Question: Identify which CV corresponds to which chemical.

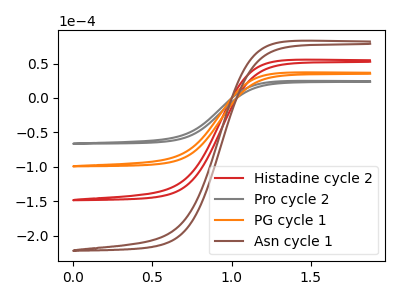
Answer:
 <answer>The red curve is labeled "Histadine cycle 2". The gray curve is labeled "Pro cycle 2". The orange curve is labeled "PG cycle 1". The brown curve is labeled "Asn cycle 1".</answer>
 <eval></eval>